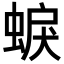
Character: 蜧